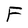
Character: F